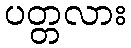
ပတ္တလား